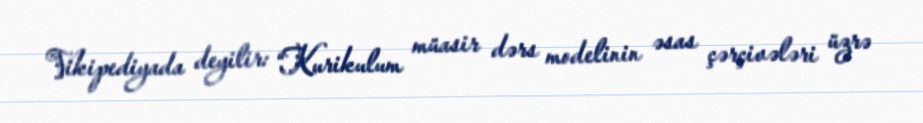
Vikipediyada deyilir: “Kurikulum müasir dərs modelinin əsas çərçivələri üzrə